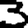
Digit: 3